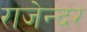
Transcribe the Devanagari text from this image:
राजेन्दर